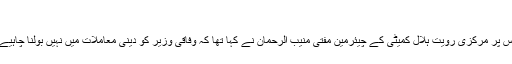
'
اس پر مرکزی رویت ہلال کمیٹی کے چیئرمین مفتی منیب الرحمان نے کہا تھا کہ وفاقی وزیر کو دینی معاملات میں نہیں بولنا چاہیے۔